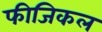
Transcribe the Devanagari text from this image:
फीजिकल